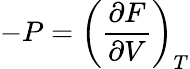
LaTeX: -P=\left({\frac{\partial F}{\partial V}}\right)_{T}